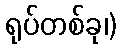
ရုပ်တစ်ခု၊)